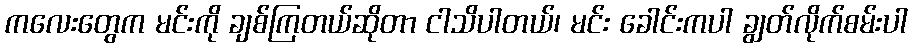
ကလေးတွေက မင်းကို ချစ်ကြတယ်ဆိုတာ ငါသိပါတယ်၊ မင်း ခေါင်းကပါ ချွတ်လိုက်စမ်းပါ